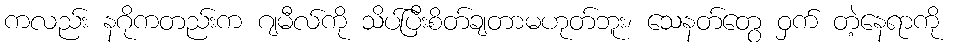
ကလည်း နဂိုကတည်းက ဂျမီလ်ကို သိပ်ပြီးစိတ်ချတာမဟုတ်ဘူး၊ သေနတ်တွေ ဝှက် တဲ့နေရာကို